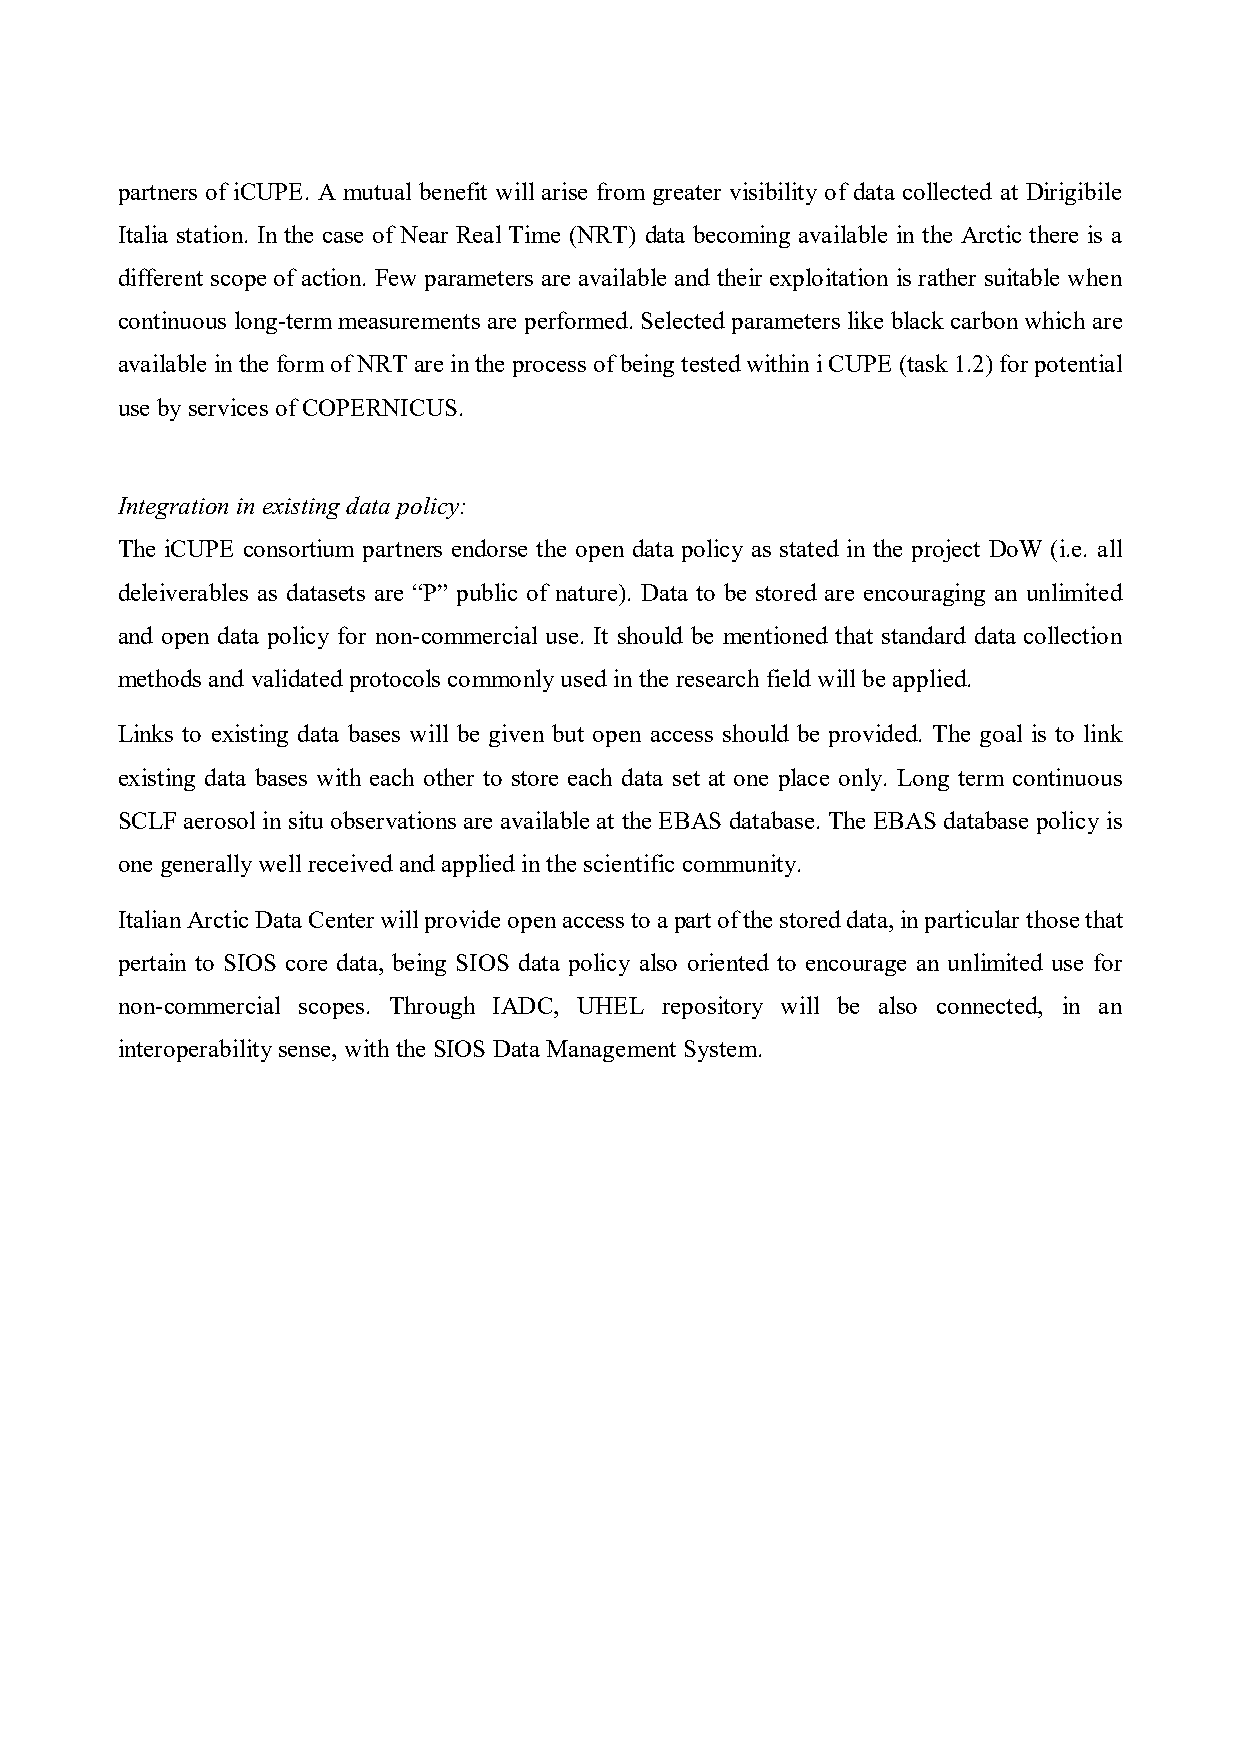
partners of iCUPE. A mutual benefit will arise from greater visibility of data collected at Dirigibile
 Italia station. In the case of Near Real Time (NRT) data becoming available in the Arctic there is a
 different scope of action. Few parameters are available and their exploitation is rather suitable when
 continuous long-term measurements are performed. Selected parameters like black carbon which are
 available in the form of NRT are in the process of being tested within i CUPE (task 1.2) for potential
 use by services of COPERNICUS.
 Integration in existing data policy:
 The iCUPE consortium partners endorse the open data policy as stated in the project DoW (i.e. all
 deleiverables as datasets are “P” public of nature). Data to be stored are encouraging an unlimited
 and open data policy for non-commercial use. It should be mentioned that standard data collection
 methods and validated protocols commonly used in the research field will be applied.
 Links to existing data bases will be given but open access should be provided. The goal is to link
 existing data bases with each other to store each data set at one place only. Long term continuous
 SCLF aerosol in situ observations are available at the EBAS database. The EBAS database policy is
 one generally well received and applied in the scientific community.
 Italian Arctic Data Center will provide open access to a part of the stored data, in particular those that
 pertain to SIOS core data, being SIOS data policy also oriented to encourage an unlimited use for
 non-commercial scopes. Through IADC, UHEL repository will be also connected, in an
 interoperability sense, with the SIOS Data Management System.